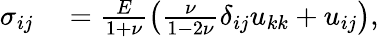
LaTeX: \begin{array}{rl}{\sigma_{ij}}&{{}=\frac{E}{1+\nu}\left(\frac{\nu}{1-2\nu}\delta_{ij}u_{kk}+u_{ij}\right),}\end{array}